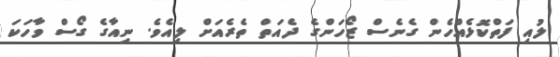
ލުއި ފަތްކޮޅެއްހެން ގެނެސް ޒޯހަންގެ ދެއަތް ތެރެއަށް ލިއެވެ. ނިއާގެ ގޯސް ވާހަކަ